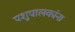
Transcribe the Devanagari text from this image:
पशुपालकांना